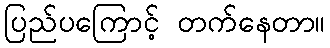
ပြည်ပကြောင့် တက်နေတာ။